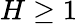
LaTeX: H\ge 1